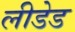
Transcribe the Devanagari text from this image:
लीडेड